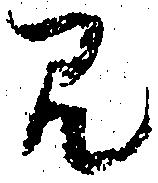
み